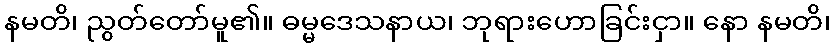
နမတိ၊ ညွတ်တော်မူ၏။ ဓမ္မဒေသနာယ၊ ဘုရားဟောခြင်းငှာ။ နော နမတိ၊